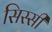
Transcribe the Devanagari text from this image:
सिस्सी